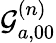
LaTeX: \mathcal{G}_{a,00}^{(n)}